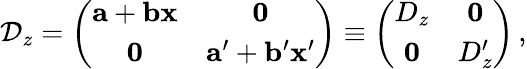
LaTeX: \mathcal{D}_{z}=\left(\begin{array}{cc}{{\mathbf{a}+\mathbf{b}\mathbf{x}}}&{{\mathbf{0}}}\\ {{\mathbf{0}}}&{{\mathbf{a}^{\prime}+\mathbf{b}^{\prime}\mathbf{x}^{\prime}}}\end{array}\right)\equiv\left(\begin{array}{cc}{{D_{z}}}&{{\mathbf{0}}}\\ {{\mathbf{0}}}&{{D_{z}^{\prime}}}\end{array}\right)\, ,